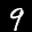
Label: 9